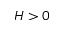
H > 0